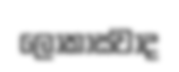
ලොකාස්වාද